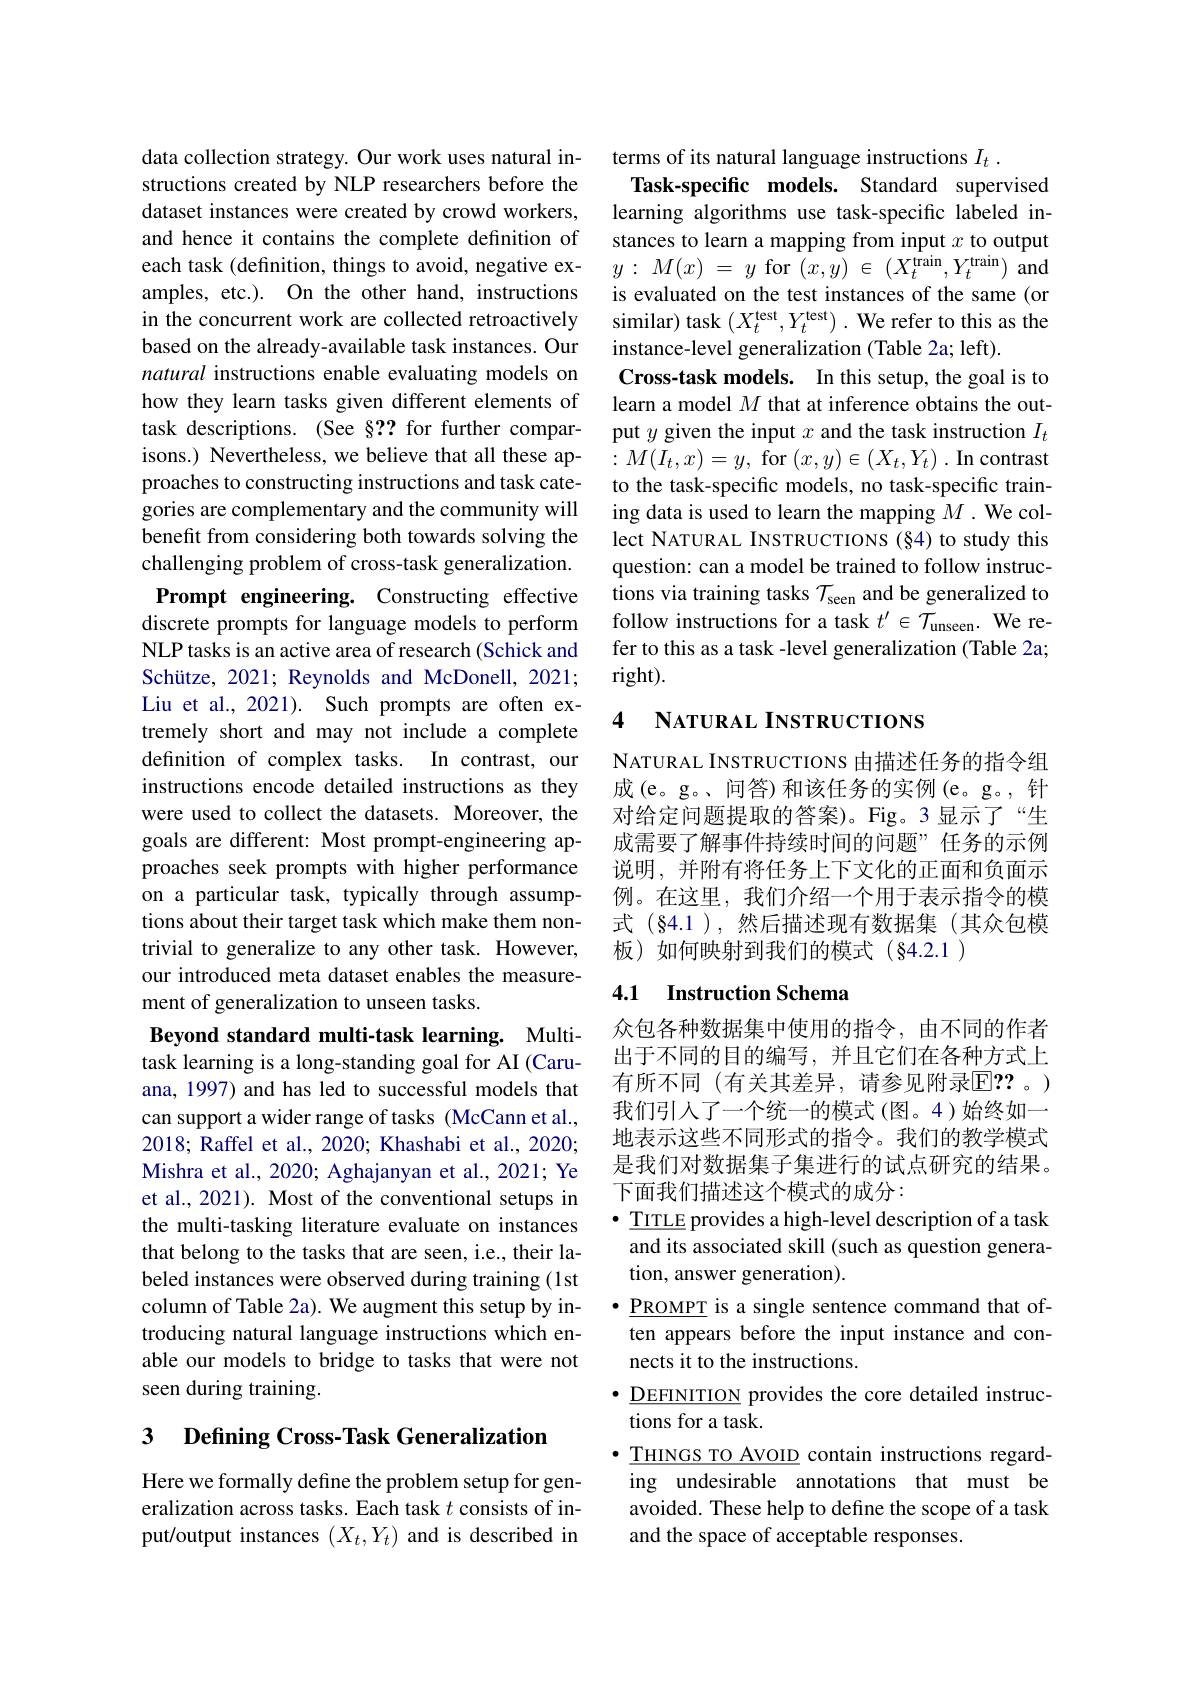
data collection strategy. Our work uses natural instructions created by NLP researchers before the dataset instances were created by crowd workers, and hence it contains the complete definition of each task (definition, things to avoid, negative examples, etc.). On the other hand, instructions in the concurrent work are collected retroactively based on the already-available task instances. Our natural instructions enable evaluating models on how they learn tasks given different elements of task descriptions. (See §?? for further comparisons.) Nevertheless, we believe that all these approaches to constructing instructions and task categories are complementary and the community will benefit from considering both towards solving the challenging problem of cross-task generalization. Prompt engineering. Constructing effective discrete prompts for language models to perform NLP tasks is an active area of research (Schick and Schütze, 2021; Reynolds and McDonell, 2021; Liu et al., 2021). Such prompts are often extremely short and may not include a complete definition of complex tasks. In contrast, our instructions encode detailed instructions as they were used to collect the datasets. Moreover, the goals are different: Most prompt-engineering approaches seek prompts with higher performance on a particular task, typically through assumptions about their target task which make them nontrivial to generalize to any other task. However, our introduced meta dataset enables the measurement of generalization to unseen tasks.
Beyond standard multi-task learning. Multi-

task learning is a long-standing goal for AI (Caruana, 1997) and has led to successful models that can support a wider range of tasks (McCann et al., 2018; Raffel et al., 2020; Khashabi et al., 2020; Mishra et al., 2020; Aghajanyan et al., 2021; Ye et al., 2021). Most of the conventional setups in the multi-tasking literature evaluate on instances that belong to the tasks that are seen, i.e., their labeled instances were observed during training (1st column of Table 2a). We augment this setup by introducing natural language instructions which enable our models to bridge to tasks that were not seen during training.

# 3 Defining Cross-Task Generalization

Here we formally define the problem setup for generalization across tasks. Each task $t$ consists of input/output instances $(X_t,Y_t)$ and is described in

terms of its natural language instructions $I_t$
Task-specific models. Standard supervised learning algorithms use task-specific labeled instances to learn a mapping from input $x$ to output $y: M( x)$ = $y$ for $( x, \bar{y} )$ $\in$ $( X_{t}^{\mathrm{train}}, Y_{t}^{\mathrm{train}})$ and is evaluated on the test instances of the same (or similar) task $(X_{t}^{\mathrm{test}},Y_{t}^{\mathrm{test}}).$ We refer to this as the instance-level generalization (Table 2a; left).
Cross-task models. In this setup, the goal is to learn a model $M$ that at inference obtains the output $y$ given the input $x$ and the task instruction $I_t$ $:M(I_{t},x)=y$, for $(x,y)\in(X_{t},Y_{t}).$ In contrast to the task-specific models, no task-specific training data is used to learn the mapping $M.$ We collect NATURAL INSTRUCTIONS (§4) to study this question: can a model be trained to follow instructions via training tasks $\mathcal{T}_\mathrm{seen}$ and be generalized to follow instructions for a task $t^\prime\in\mathcal{T}_{\mathrm{unseen.~We~re-}}$ fer to this as a task -level generalization (Table 2a; right).

## 4 NATURAL INSTRUCTIONS

NATURAL INSTRUCTIONS 由描述任务的指令组成(e。g。、问答)和该任务的实例(e。g。,针对给定问题提取的答案)。Fig。3显示了“生成需要了解事件持续时间的问题”任务的示例说明，并附有将任务上下文化的正面和负面示例。在这里，我们介绍一个用于表示指令的模式(§4.1),然后描述现有数据集(其众包模板)如何映射到我们的模式(§4.2.1)

## 4.1 Instruction Schema

众包各种数据集中使用的指令，由不同的作者出于不同的目的编写，并且它们在各种方式上有所不同(有关其差异，请参见附录$\overline{\mathrm{E}}??$。) 我们引人了一个统一的模式(图。4)始终如一地表示这些不同形式的指令。我们的教学模式是我们对数据集子集进行的试点研究的结果。下面我们描述这个模式的成分：
$\bullet\underline{\text{TITLE}}$ provides a high-level description of a task and its associated skill (such as question generation, answer generation).
$\bullet\underline{\mathrm{PROMPT}}$ is a single sentence command that often appears before the input instance and connects it to the instructions.
$\bullet\underline{\text{DEFINITION}}$ provides the core detailed instruc-
tions for a task
$\bullet\underline{\text{THINGS TO AVOID}}$ contain instructions regarding undesirable annotations that must be avoided. These help to define the scope of a task and the space of acceptable responses.